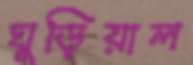
ঘুড়িয়াল